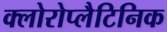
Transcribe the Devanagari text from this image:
क्लोरोप्लैटिनिक